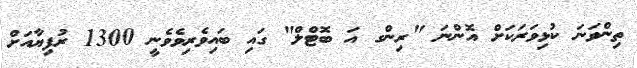
ތިންވަނަ ކުޅިވަރަކަށް އޮންނަ "ރިންގ އަ ބޮޓްލް" ގައި ބައިވެރިވެވެނީ 1300 ރުފިޔާއަށް